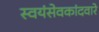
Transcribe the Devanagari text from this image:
स्वयंसेवकांदवारे